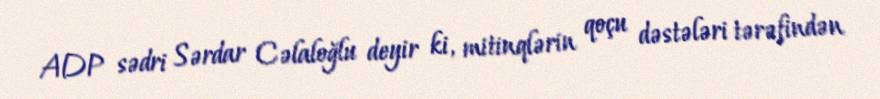
ADP sədri Sərdar Cəlaloğlu deyir ki, mitinqlərin qoçu dəstələri tərəfindən